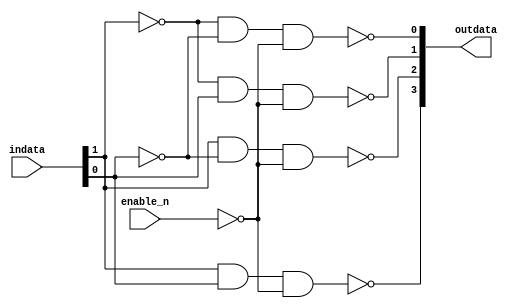
module Decode_2_4(
    input wire [1:0] indata,
    input wire  enable_n,
    output wire [3:0] outdata
);

/* wirereg
always @(*)begin
    if(enable_n == 1'b1)
        outdata = 4'b1111;
    else begin
        case(indata)

            //BCD0~9
            //BCD4-10
            2'b00: outdata = 4'b1110;
            2'b01: outdata = 4'b1101;
            2'b10: outdata = 4'b1011;
            2'b11: outdata = 4'b0111;
        endcase
    end
end
*/

assign outdata[3] = ~(indata[1] & indata[0] & ~enable_n);
assign outdata[2] = ~(indata[1] & ~indata[0] & ~enable_n);
assign outdata[1] = ~(~indata[1] & indata[0] & ~enable_n);
assign outdata[0] = ~(~indata[1] & ~indata[0] & ~enable_n);

endmodule  //***>